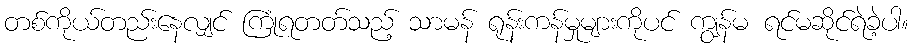
တစ်ကိုယ်တည်းနေလျှင် ကြုံရတတ်သည့် သာမန် ရုန်းကန်မှုများကိုပင် ကျွန်မ ရင်မဆိုင်ရဲခဲ့ပါ။